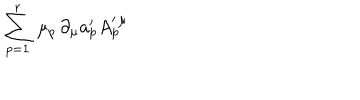
\sum _ { p = 1 } ^ { r } \, \mu _ { p } \, \partial _ { \mu } a _ { p } ^ { \prime } A _ { p } ^ { \prime \, \mu }